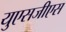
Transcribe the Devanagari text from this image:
युएसजीएस